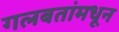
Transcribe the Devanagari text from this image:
गलबतांमधून